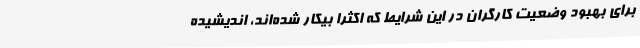
برای بهبود وضعیت کارگران در این شرایط که اکثرا بیکار شده‌اند، اندیشیده